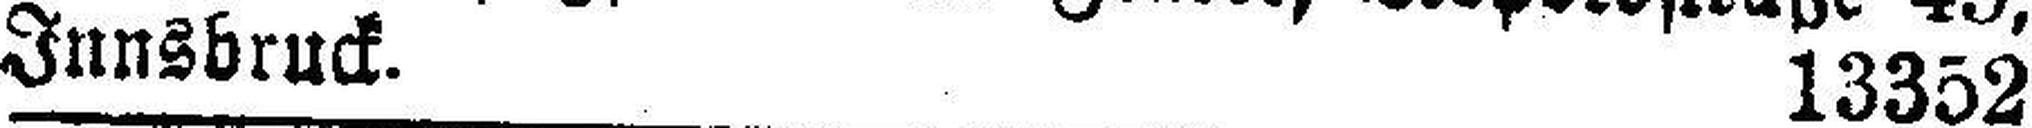
Innsbruck. 13352